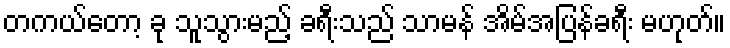
တကယ်တော့ ခု သူသွားမည့် ခရီးသည် သာမန် အိမ်အပြန်ခရီး မဟုတ်။